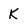
Character: K